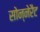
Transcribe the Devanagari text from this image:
सोन्नेरैट